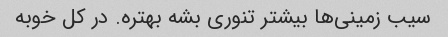
سیب زمینی‌ها بیشتر تنوری بشه بهتره. در کل خوبه